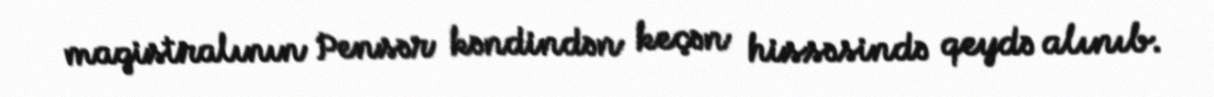
magistralının Pensər kəndindən keçən hissəsində qeydə alınıb.